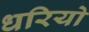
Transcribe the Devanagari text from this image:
धरियो